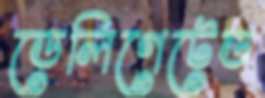
ডেলিগেটেড